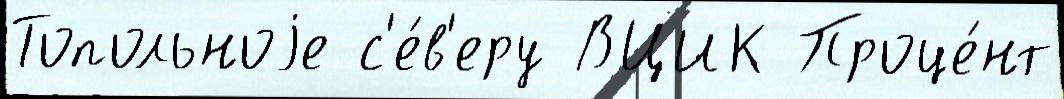
Топольноjе с'е́в'еру ВЦИК Проце́нт